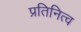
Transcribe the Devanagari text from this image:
प्रतिनित्व